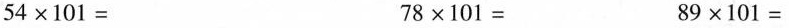
$$54×101=$$ $$78×101=$$ $$89×101=$$